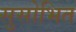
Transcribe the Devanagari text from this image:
सुसोभित